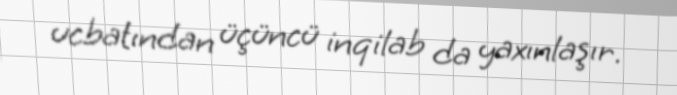
ucbatından üçüncü inqilab da yaxınlaşır.